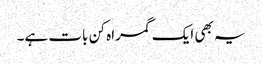
یہ بھی ایک گمراہ کن بات ہے۔